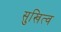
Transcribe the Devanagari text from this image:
सुखित्व